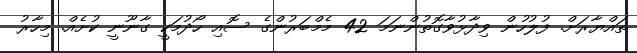
ތައްޔާރަށް. ފުލުހުން ވިދާޅުވާގޮތުންނަމަ 42 މެމްބަރުންގެ ސޮއި ހޯދުމަކީ ގާނޫނީ ކުށެއް. މިހާރު